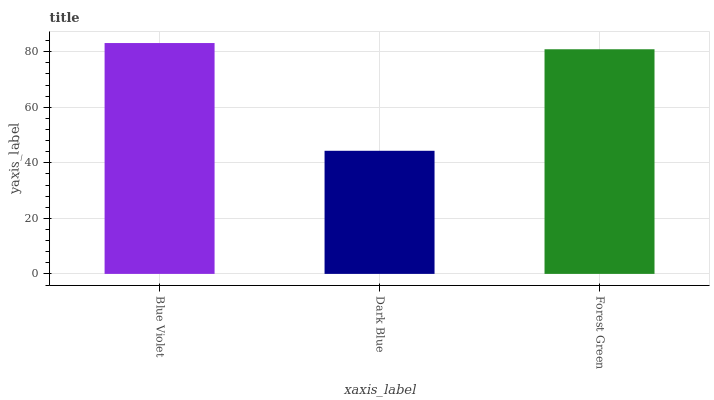
| xaxis_label | bars |
 | --- | --- |
 | Blue Violet | 83.1 |
 | Dark Blue | 44.3 |
 | Forest Green | 80.9 |